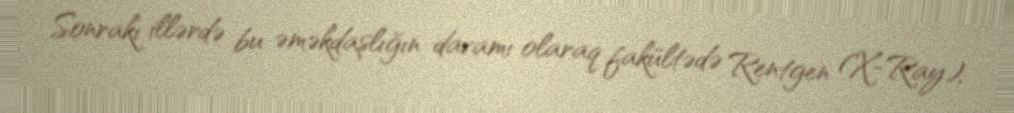
Sonrakı illərdə bu əməkdaşlığın davamı olaraq fakültədə Rentgen (X-Ray),